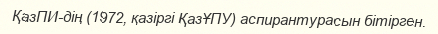
ҚазПИ-дің (1972, қазіргі ҚазҰПУ) аспирантурасын бітірген.